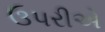
ઉપરીએ